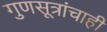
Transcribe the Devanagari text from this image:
गुणसूत्रांचाही